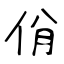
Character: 佾